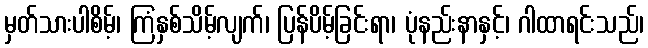
မှတ်သားပါစိမ့်၊ ကြံနှစ်သိမ့်လျက်၊ ပြန်ပိမ့်ခြင်းရာ၊ ပုံနည်းနာနှင့်၊ ဂါထာရင်းသည်၊